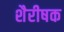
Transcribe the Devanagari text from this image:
शैरीषक